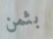
بثمن